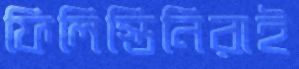
ফিলিস্তিনিরাই